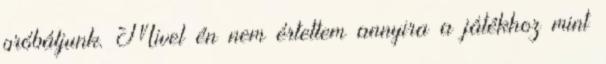
próbáljunk. Mivel én nem értettem annyira a játékhoz mint